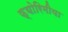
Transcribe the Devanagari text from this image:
फ्योरिमीया